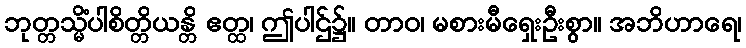
ဘုတ္တသ္မိံပါစိတ္တိယန္တိ ဧတ္ထ၊ ဤပါဌ်၌။ တာဝ၊ မစားမီရှေးဦးစွာ။ အဘိဟာရေ၊